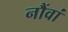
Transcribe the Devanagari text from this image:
नौंवां